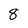
Character: 8